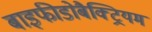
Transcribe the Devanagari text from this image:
बाइफीडोबैक्ट्रियम